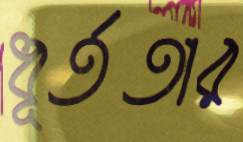
ধূর্ততার